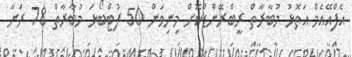
އެފްއޭއެމް އަތޮޅު މުބާރާތް ރީބްރޭންޑްކޮށް މިނިވަން 50 ފުޓްބޯޅަ މުބާރާތް 78 ރަށާ